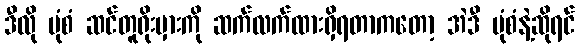
ဒီလို ပုံစံ ဆင်တူရိုးမှားကို ဆက်လက်ထားရှိရတာကတော့ အဲဒီ ပုံစံနဲ့ဆိုရင်